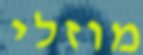
מוזלי